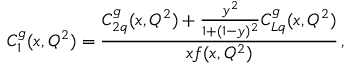
C _ { 1 } ^ { g } ( x , Q ^ { 2 } ) = \frac { C _ { 2 q } ^ { g } ( x , Q ^ { 2 } ) + \frac { y ^ { 2 } } { 1 + ( 1 - y ) ^ { 2 } } C _ { L q } ^ { g } ( x , Q ^ { 2 } ) } { x f ( x , Q ^ { 2 } ) } \, ,